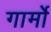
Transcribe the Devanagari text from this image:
गार्मो